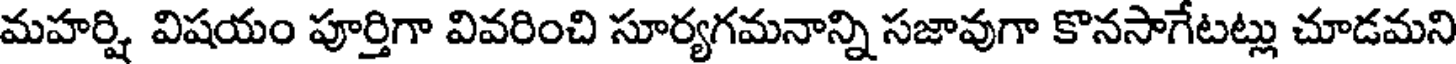
మహర్షి విషయం పూర్తిగా వివరించి సూర్యగమనాన్ని సజావుగా కొనసాగేటట్లు చూడమని